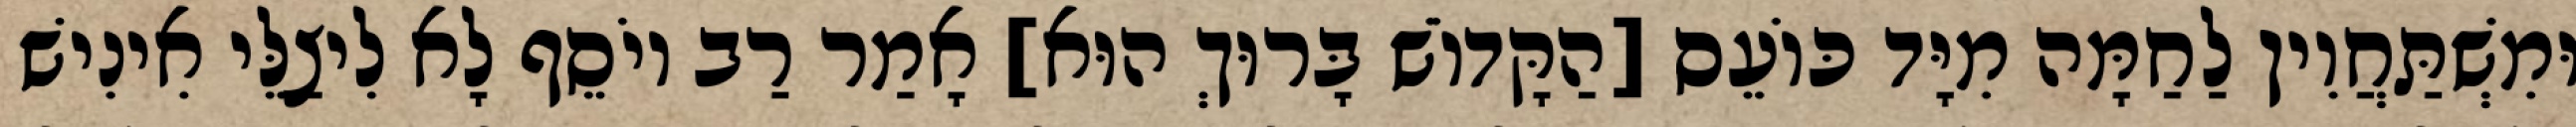
וּמִשְׁתַּחֲוִין לַחַמָּה מִיָּד כּוֹעֵס [הַקָּדוֹשׁ בָּרוּךְ הוּא] אָמַר רַב יוֹסֵף לָא לִיצַלֵּי אִינִישׁ